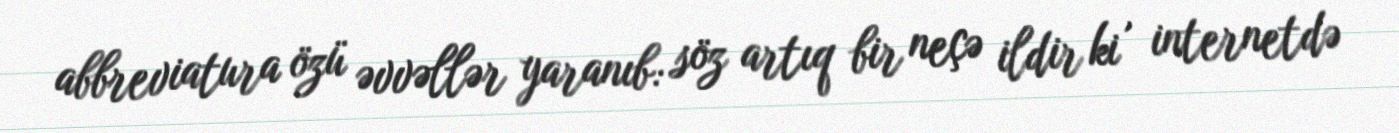
abbreviatura özü əvvəllər yaranıb: söz artıq bir neçə ildir ki , internetdə